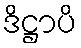
ဒိဋ္ဌာပိ